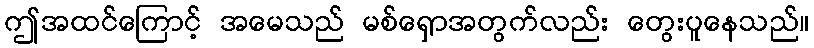
ဤအထင်ကြောင့် အမေသည် မစ်ရှောအတွက်လည်း တွေးပူနေသည်။